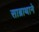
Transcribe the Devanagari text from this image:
साब्राथाने